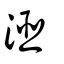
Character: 洍